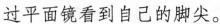
过平面镜看到自己的脚尖。